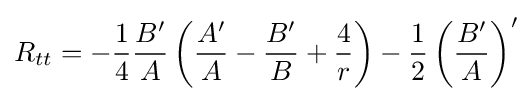
R_{tt}=-{\frac {1}{4}}{\frac {B'}{A}}\left({\frac {A'}{A}}-{\frac {B'}{B}}+{\frac {4}{r}}\right)-{\frac {1}{2}}\left({\frac {B'}{A}}\right)'